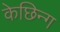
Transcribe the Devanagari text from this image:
केछिन्ग